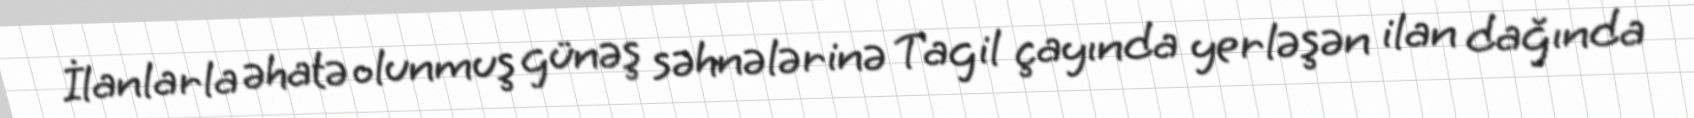
İlanlarla əhatə olunmuş günəş səhnələrinə Tagil çayında yerləşən ilan dağında